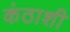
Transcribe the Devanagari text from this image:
कंठाशी